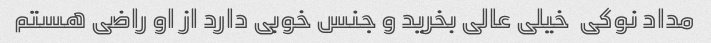
مداد نوکی  خیلی عالی بخرید و جنس خوبی دارد از او راضی هستم